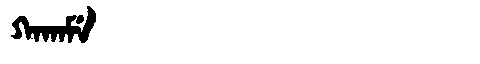
Manchu: ᡴᠠᡴᠠᠮᡝ
Romanization: KAKAME